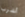
أشرب